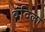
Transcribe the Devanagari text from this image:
वंदिला